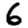
Digit: 6